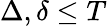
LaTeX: \Delta,\delta\leq T